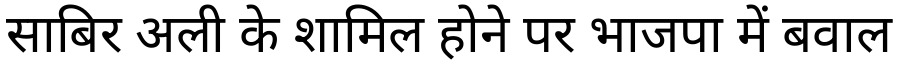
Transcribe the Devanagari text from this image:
साबिर अली के शामिल होने पर भाजपा में बवाल